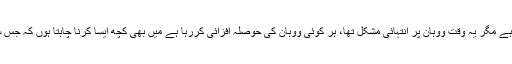
انہوں نے کہا کہ کوئی اپنے گھر کو مشکل میں نہیں دیکھنا چاہتا ہے مگر یہ وقت ووہان پر انتہائی مشکل تھا، ہر کوئی ووہان کی حوصلہ افزائی کررہا ہے میں بھی کچھ ایسا کرنا چاہتا ہوں کہ جس سے ووہان شہر کے لیے میرے دل میں موجود محبت نظر آسکے۔